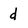
Character: d